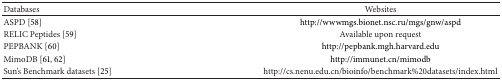
<table><thead><tr><td><b>Databases</b></td><td><b>Websites</b></td></tr></thead><tbody><tr><td>ASPD [58]</td><td>http://wwwmgs.bionet.nsc.ru/mgs/gnw/aspd</td></tr><tr><td>RELIC Peptides [59]</td><td>Available upon request</td></tr><tr><td>PEPBANK [60]</td><td>http://pepbank.mgh.harvard.edu</td></tr><tr><td>MimoDB [61, 62]</td><td>http://immunet.cn/mimodb</td></tr><tr><td>Sun&#x27;s Benchmark datasets [25]</td><td>http://cs.nenu.edu.cn/bioinfo/benchmark%20datasets/index.html</td></tr></tbody></table>